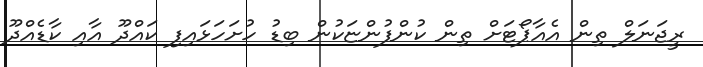
ރީޖަނަލް ތިން އެއާޕޯޓަށް ތިން ކުންފުންޏަކުން ބިޑު ހުށަހަޅައިފި ކައްދޫ އާއި ކާޑެއްދޫ